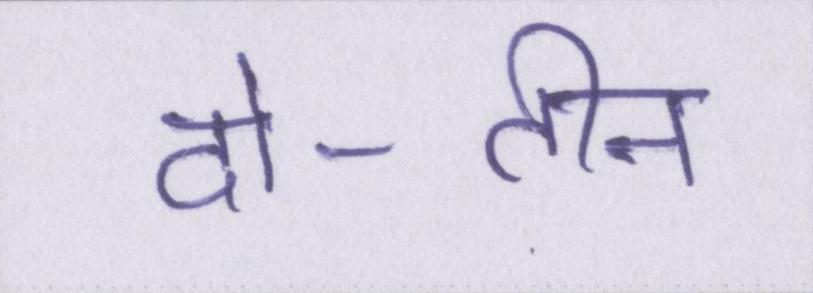
दो-तीन